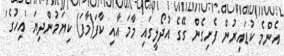
އެންމެ ކުޑައިރުން ފެށިގެން ގޭގެ އުދޯލީގައި މާމަ އާއި ކާފަ(މާފަ) ކިޔަމުންދިޔަ 'އިހުގެ'